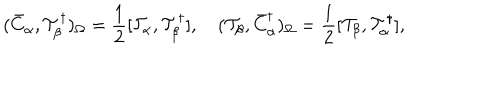
LaTeX: ( \bar { C } _ { \alpha } , { \cal T } _ { \beta } ^ { \dagger } ) _ { \Omega } = \frac { 1 } { 2 } [ { \cal T } _ { \alpha } , { \cal T } _ { \beta } ^ { \dagger } ] , \quad ( { \cal T } _ { \beta } , \bar { C } _ { \alpha } ^ { \dagger } ) _ { \Omega } = \frac { 1 } { 2 } [ { \cal T } _ { \beta } , { \cal T } _ { \alpha } ^ { \dagger } ] ,